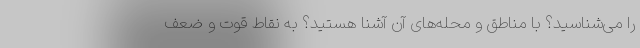
را می‌شناسید؟ با مناطق و محله‌های آن آشنا هستید؟ به نقاط قوت و ضعف